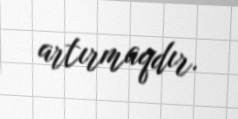
artırmaqdır.